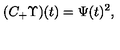
( C _ { + } \Upsilon ) ( t ) = \Psi ( t ) ^ { 2 } , ~